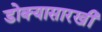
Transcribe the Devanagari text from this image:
डोक्यासारखी